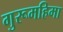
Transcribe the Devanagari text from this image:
गुरूमहिमा